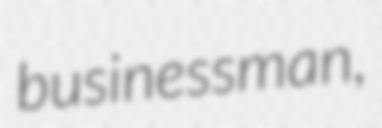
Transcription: businessman,